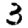
Digit: 3